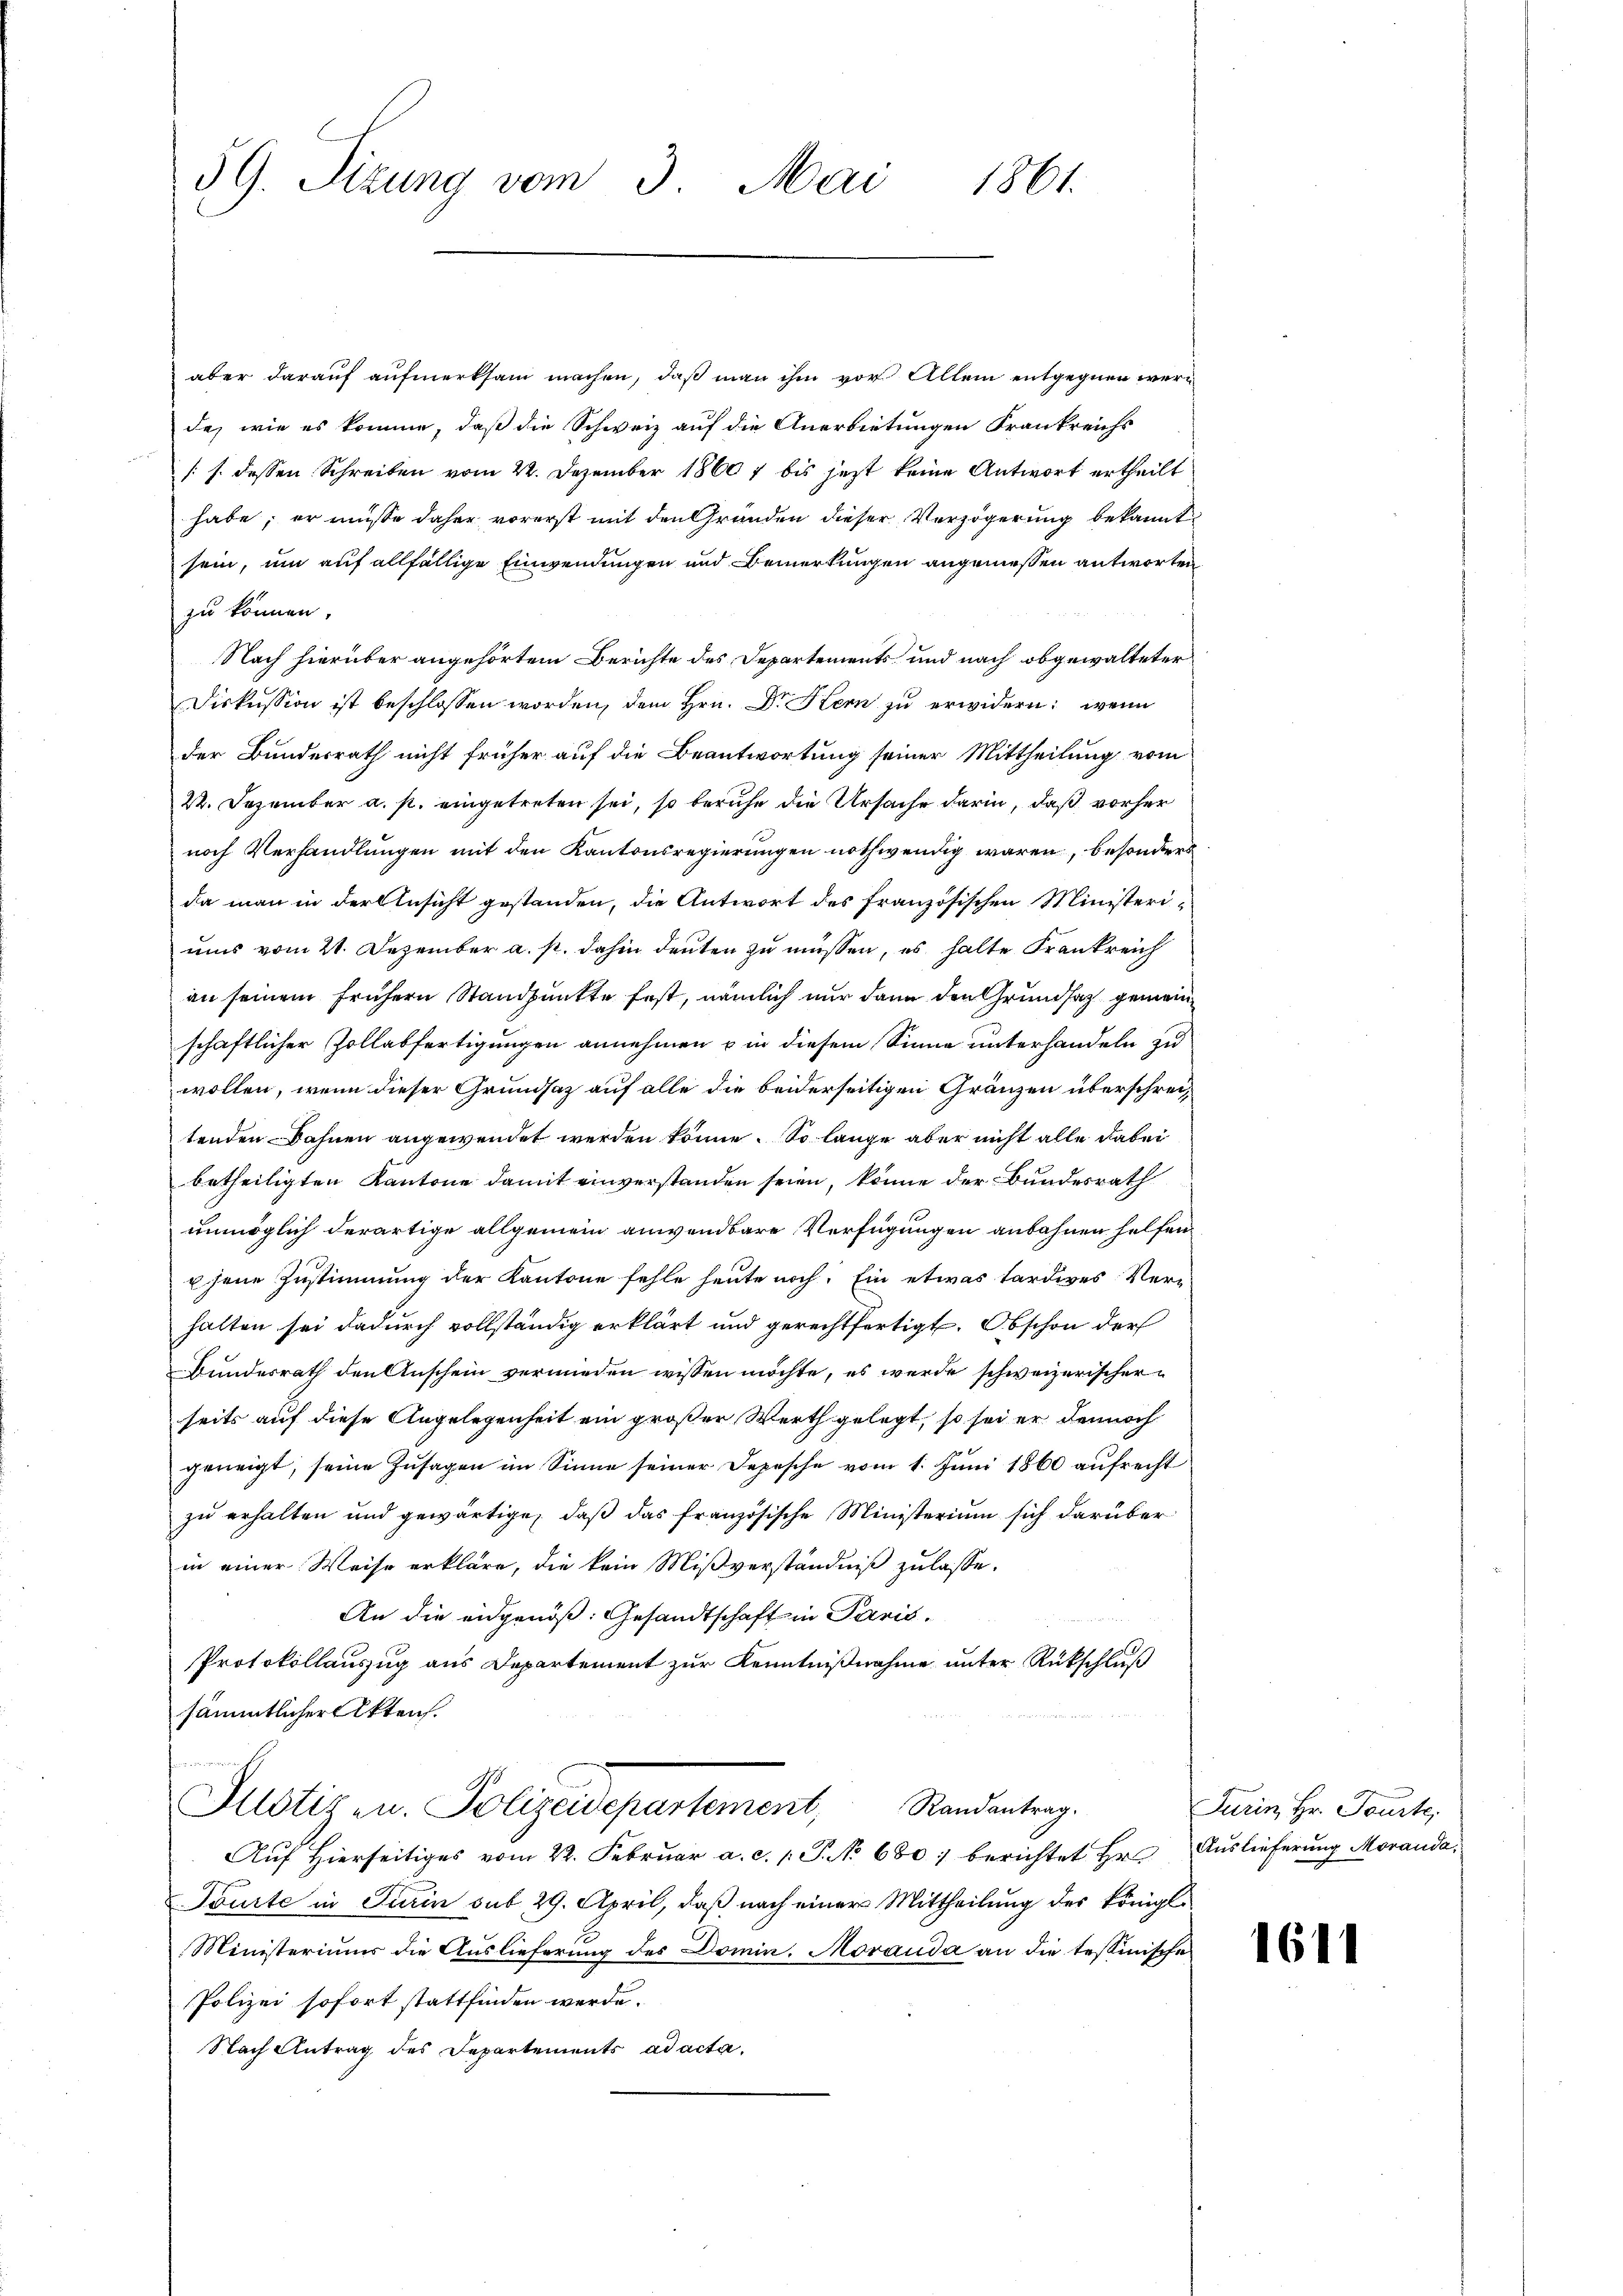
59. Sizung vom 3. Mai 1861.

aber darauf aufmerksam machen, daß man ihm vor Allem entgegnen werd
de, wie es komme, daß die Schweiz auf die Anerbietungen Frankreichs
/. s. dessen Schreiben vom 22. Dezember 18607 bis jetzt keine Antwort ertheilt
habe; er müsse daher vorerst mit den Gründen dieser Verzögerung bekannt
sein, um auf allfällige Einwendungen und Bemerkungen angemessen antworten
zu können.
Nach hierüber angehörtem Berichte des Departements und nach obgewalteter
Diskussion ist beschlossen worden, dem Hrn. Dr. Stern zu erwidern: wenn
der Bundesrath nicht früher auf die Beantwortung seiner Mittheilung vom
22. Dezember a. p. eingetreten sei, so beruhe die Ursache darin, daß vorher
noch Verhandlungen mit den Kantonsregierungen nothwendig waren, besonders
da man in der Ansicht gestanden, die Antwort des französischen Ministeriums vom 21. Dezember a. p. dahin deuten zu müssen, es halte Frankreich
an seinem frühern Standpunkte fest, nämlich nur dann den Grundsatz gemeinschaftlicher Zollabfertigungen annehmen in diesem Sinne unterhandeln zu
wollen, wenn dieser Grundsaz auf alle die beiderseitigen Gränzen überschreitenden Bahnen angewendet werden könne. So lange aber nicht alle dabei
betheiligten Kantone damit einverstanden seien, könne der Bundesrath
unmöglich derartige allgemein anwendbare Verfügungen anbahnen helfen.
u jene Zustimmung der Kantone fehle heute noch: Ein etwas tardies Verhalten sei dadurch vollständig erklärt und gerechtfertigt. Obschon der
Bundesrath den Anschein vermieden wissen möchte, es werde schweizerischerseits auf diese Angelegenheit ein großer Werth gelegt, so sei er dennoch
geneigt, seine Zusagen im Sinne seiner Depesche vom 1. Jŭni 1860 aufrecht
zu erhalten und gewärtige, daß das französische Ministerium sich darüber
in einer Weise erkläre, die kein Mißverständniß zu lasse.
An die eidgenöß: Gesandtschaft in Paris.
Protokollanzug aus Departement zur Kenntnißnahme unter Rückschluß
sämmtlicher Akten.
Allotiz - u. Polizeidepartement, Randantrag.
Auf Hierseitiges vom 22. Februar a. c. 1 P. No 680 berichtet Hr.
Tourte in Turin sub 29. April, daß nach einer Mittheilung des königl.
Ministeriums die Auslieferung des Domin. Morauda an die tessinische
Polizei sofort stattfinden werde.
Nach Antrag des Departements ad acta

Turin, Hr. Tourte,
Auslieferung Moranda,

1611